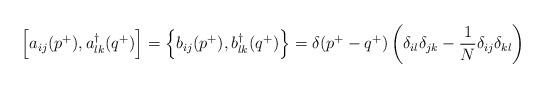
LaTeX: \begin{align*}\left[a_{ij}(p^+ ),a^\dagger_{lk}(q^+)\right]=\left\{ b_{ij}(p^+ ),b^\dagger_{lk}(q^+)\right\}=\delta (p^+ -q^+)\left(\delta_{il}\delta_{jk}-\frac{1}{N}\delta_{ij}\delta_{kl}\right)\end{align*}